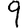
Digit: 9